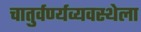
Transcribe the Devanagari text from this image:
चातुर्वर्ण्यव्यवस्थेला